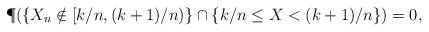
LaTeX: \begin{align*}\P(\{X_n \notin [k/n, (k+1)/n)\} \cap \{k/n \leq X <( k+1)/n\}) = 0,\end{align*}